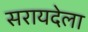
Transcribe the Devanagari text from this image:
सरायदेला